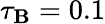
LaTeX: \tau_{\mathbf{B}}=0.1